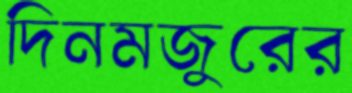
দিনমজুরের